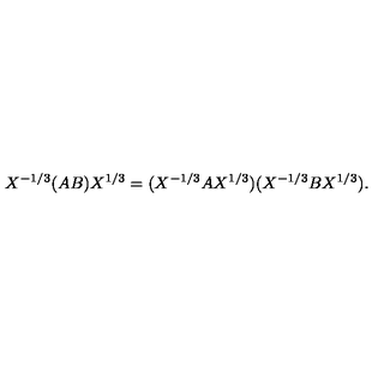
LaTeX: X ^ { - 1 / 3 } ( A B ) X ^ { 1 / 3 } = ( X ^ { - 1 / 3 } A X ^ { 1 / 3 } ) ( X ^ { - 1 / 3 } B X ^ { 1 / 3 } ) .